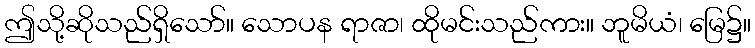
ဤသို့ဆိုသည်ရှိသော်။ သောပန ရာဇာ၊ ထိုမင်းသည်ကား။ ဘူမိယံ၊ မြေ၌။